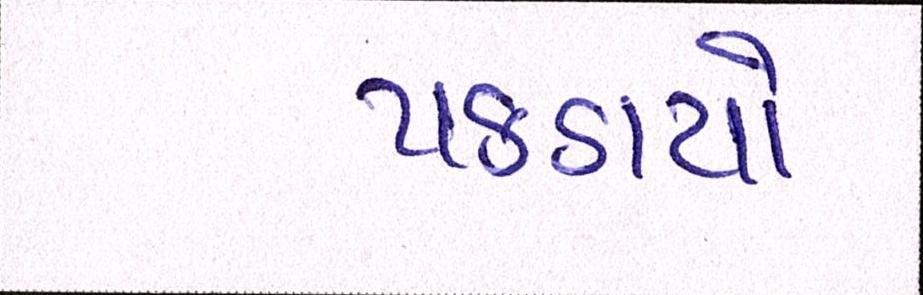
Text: પકડાયો